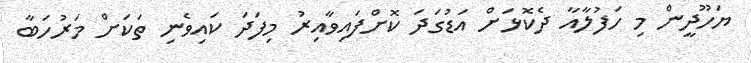
ޔަހޫދީން މި ހަފުލާއާ ދެކޮޅަށް އަޑުގަދަ ކޮށްފައިވާއިރު މިފަދަ ކައިވެނި ތަކަށް މަރުހަބާ